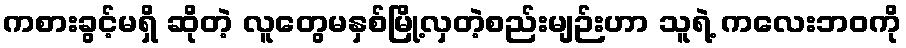
ကစားခွင့်မရှိ ဆိုတဲ့ လူတွေမနှစ်မြို့လှတဲ့စည်းမျဉ်းဟာ သူရဲ့ ကလေးဘဝကို